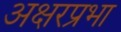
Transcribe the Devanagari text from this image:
अक्षरप्रभा